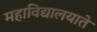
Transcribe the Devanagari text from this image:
महाविद्यालयाते